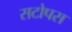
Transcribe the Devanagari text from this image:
सटोपस